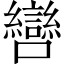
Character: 㘘